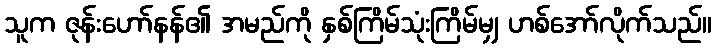
သူက ဇုန်းဟော်နန်၏ အမည်ကို နှစ်ကြိမ်သုံးကြိမ်မျှ ဟစ်အော်လိုက်သည်။